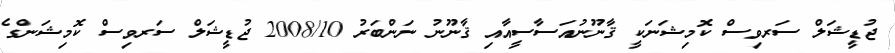
ޖުޑީޝަލް ސަރވިސް ކޮމިޝަނަކީ ޤާނޫނުއަސާސީއާއި ޤާނޫނު ނަންބަރު 2008/10 ޖުޑީޝަލް ސަރވިސް ކޮމިޝަންގެ